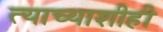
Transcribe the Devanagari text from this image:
त्याच्याशीही